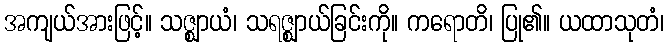
အကျယ်အားဖြင့်။ သဇ္ဈာယံ၊ သရဇ္ဈာယ်ခြင်းကို။ ကရောတိ၊ ပြု၏။ ယထာသုတံ၊